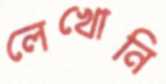
লেখোনি